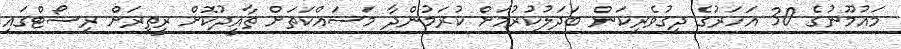
މައުމޫނުގެ 30 އަހަރުގެ ދިގުވެރިކަން ބަދަލުކުރުމަށް ކުރަމުންދާ މަސައްކަތަށް ތާއީދުކޮށް ރީތިރަށް ރިސޯޓްގައި